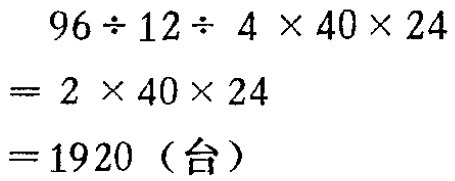
\[
\begin{align*}
&96\div12\div4\times40\times24\\
=&2\times40\times24\\
=&1920（台）
\end{align*}
\]